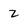
Character: z